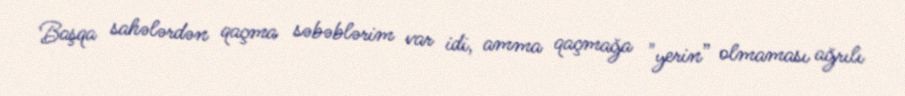
Başqa sahələrdən qaçma səbəblərim var idi, amma qaçmağa "yerin” olmaması ağrılı